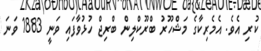
ކުރި އެވެ. އެމެރިކާގެ މަޝްހޫރު ބްރޫކްލިން ބްރިޖް ހުޅުވާފައި ވަނީ 1883 ވަނަ